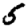
Digit: 5